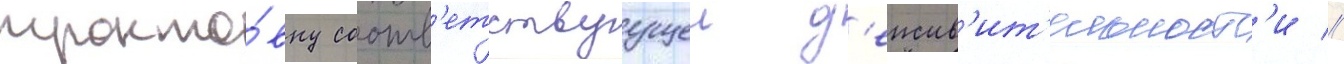
тракто́вку соотв'етствуущеи д'еиств'ит'ельност'и //